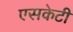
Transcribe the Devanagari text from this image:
एसकेटी